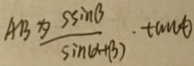
A B = \frac { 5 \sin \beta } { \sin ( \alpha + \beta ) } . \tan \theta